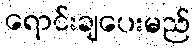
ရောင်းချပေးမည်